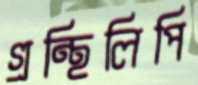
গ্রন্থিলিপি